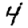
Digit: 4